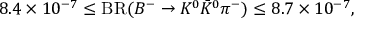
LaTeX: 8 . 4 \times 1 0 ^ { - 7 } \le \mathrm { B R } ( B ^ { - } \to K ^ { 0 } \bar { K } ^ { 0 } \pi ^ { - } ) \le 8 . 7 \times 1 0 ^ { - 7 } ,